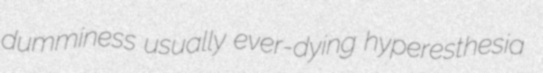
dumminess usually ever-dying hyperesthesia